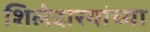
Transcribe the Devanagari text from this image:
शिलेदारयांच्या